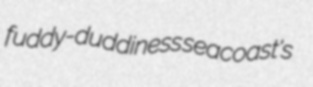
fuddy-duddiness seacoast's